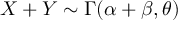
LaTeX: X + Y \sim \Gamma ( \alpha + \beta , \theta )